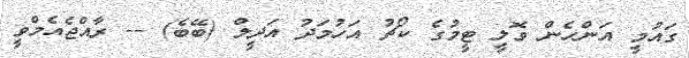
ގައުމީ އަންހެން ވޮލީ ޓީމުގެ ކޯޗު އަހުމަދު އަދީލް (ބޭބެ) -- ރާއްޖެއެމްވީ